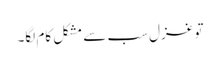
تو غزل سب سے مشکل کام لگا۔